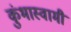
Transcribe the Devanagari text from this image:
कुंभास्वामी